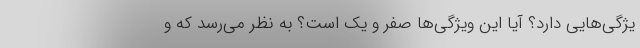
یژگی‌هایی دارد؟ آیا این ویژگی‌ها صفر و یک است؟ به نظر می‌رسد که و